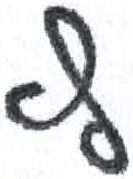
אות: ץ